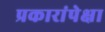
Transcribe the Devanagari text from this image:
प्रकारांपेक्षा